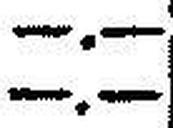
—.—